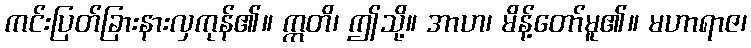
ကင်းပြတ်ခြားနားလှကုန်၏။ ဣတိ၊ ဤသို့။ အာဟ၊ မိန့်တော်မူ၏။ မဟာရာဇ၊